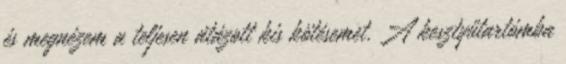
és megnézem a teljesen átázott kis kötésemet. A kesztyűtartómba